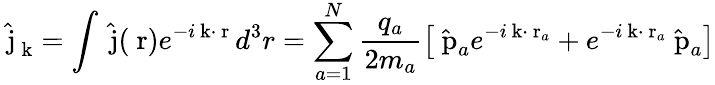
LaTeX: \hat{\mathrm{\mathbf~j}}_{\mathrm{\mathbf~k}}=\int\hat{\mathrm{\mathbf~j}}(\mathrm{\mathbf~r})e^{-i\mathrm{\mathbf~k}\cdot\mathrm{\mathbf~r}}\, d^{3}r=\sum_{a=1}^{N}\frac{q_{a}}{2m_{a}}\left[\hat{\mathrm{\mathbf~p}}_{a}e^{-i\mathrm{\mathbf~k}\cdot\mathrm{\mathbf~r}_{a}}+e^{-i\mathrm{\mathbf~k}\cdot\mathrm{\mathbf~r}_{a}}\hat{\mathrm{\mathbf~p}}_{a}\right]